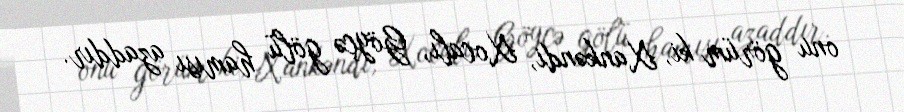
onu görüm ki, Xankəndi, Xocalı, Göyçə gölü hamısı azaddır.